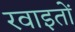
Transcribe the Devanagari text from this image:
रवाइतों